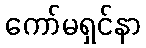
ကော်မရှင်နာ